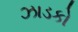
ઝાડકો